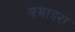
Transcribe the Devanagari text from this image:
समाइरा